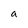
Character: a